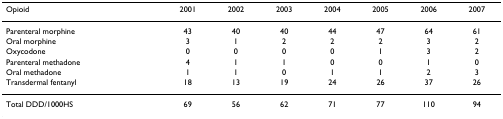
<table><thead><tr><td><b>Opioid</b></td><td><b>2001</b></td><td><b>2002</b></td><td><b>2003</b></td><td><b>2004</b></td><td><b>2005</b></td><td><b>2006</b></td><td><b>2007</b></td></tr></thead><tbody><tr><td>Parenteral morphine</td><td>43</td><td>40</td><td>40</td><td>44</td><td>47</td><td>64</td><td>61</td></tr><tr><td>Oral morphine</td><td>3</td><td>1</td><td>2</td><td>2</td><td>2</td><td>3</td><td>2</td></tr><tr><td>Oxycodone</td><td>0</td><td>0</td><td>0</td><td>0</td><td>1</td><td>3</td><td>2</td></tr><tr><td>Parenteral methadone</td><td>4</td><td>1</td><td>1</td><td>0</td><td>0</td><td>1</td><td>0</td></tr><tr><td>Oral methadone</td><td>1</td><td>1</td><td>0</td><td>1</td><td>1</td><td>2</td><td>3</td></tr><tr><td>Transdermal fentanyl</td><td>18</td><td>13</td><td>19</td><td>24</td><td>26</td><td>37</td><td>26</td></tr><tr><td>Total DDD/1000HS</td><td>69</td><td>56</td><td>62</td><td>71</td><td>77</td><td>110</td><td>94</td></tr></tbody></table>